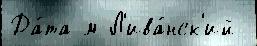
Да́та м Л'ива́нск'ий